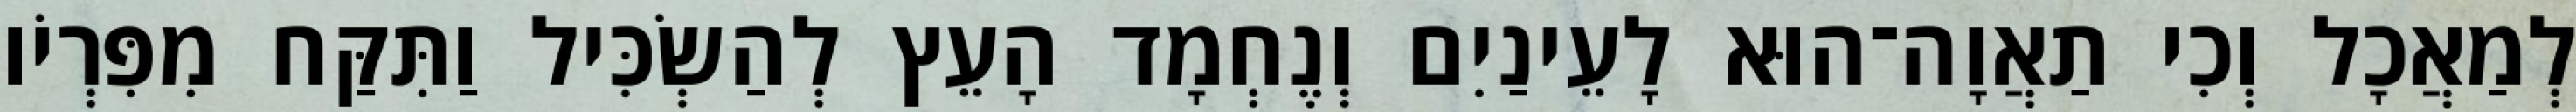
לְמַאֲכָל וְכִי תַאֲוָה־הוּא לָעֵינַיִם וְנֶחְמָד הָעֵץ לְהַשְׂכִּיל וַתִּקַּח מִפִּרְיֹו